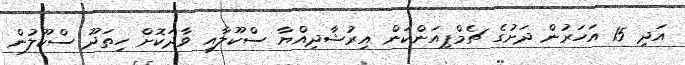
އަދި 15 އަހަރުން ދަށުގެ ޗެމްޕިއަންކަން އިރުޝާދިއްޔާ ސްކޫލާއި ވާދަކޮށް ހިތަދޫ ސްކޫލުން